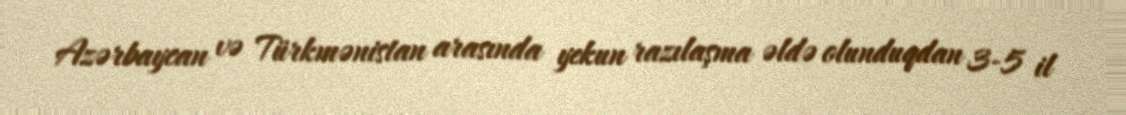
Azərbaycan və Türkmənistan arasında yekun razılaşma əldə olunduqdan 3-5 il